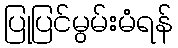
ပြုပြင်မွမ်းမံရန်